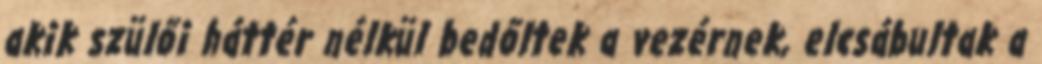
akik szülői háttér nélkül bedőltek a vezérnek, elcsábultak a